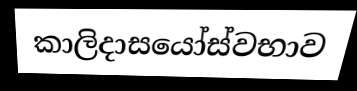
කාලිදාසයෝස්වභාව